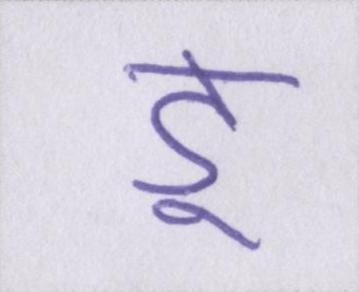
डू